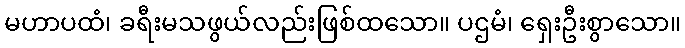
မဟာပထံ၊ ခရီးမသဖွယ်လည်းဖြစ်ထသော။ ပဌမံ၊ ရှေးဦးစွာသော။